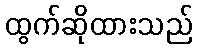
ထွက်ဆိုထားသည်